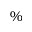
\%